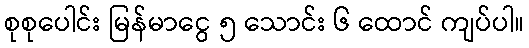
စုစုပေါင်း မြန်မာငွေ ၅ သောင်း ၆ ထောင် ကျပ်ပါ။